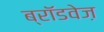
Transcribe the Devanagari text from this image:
ब्रॉडवेज़